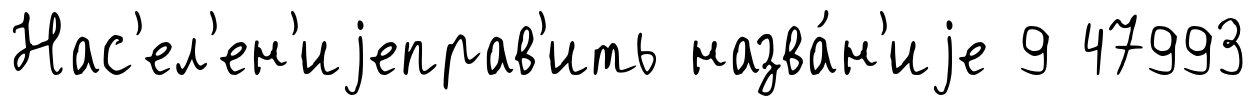
Нас'ел'ен'иjеправ'ить назва́н'иjе 9 47993